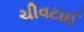
ચીવટાઈ